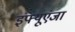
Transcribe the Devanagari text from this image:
इंफ्यूएंजा